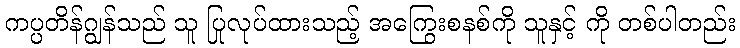
ကပ္ပတိန်ဂျွန်သည် သူ ပြုလုပ်ထားသည့် အကြွေးစနစ်ကို သူနှင့် ကို တစ်ပါတည်း